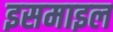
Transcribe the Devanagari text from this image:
इसमाइल